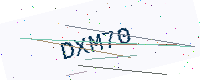
Text: DXM70